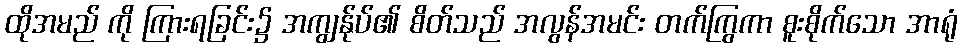
ထိုအမည် ကို ကြားရခြင်း၌ အကျွန်ုပ်၏ စိတ်သည် အလွန်အမင်း တက်ကြွကာ စူးစိုက်သော အာရုံ